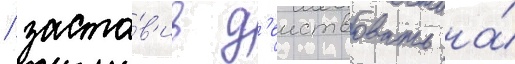
/ заста́в'ив д'еиствовать на́